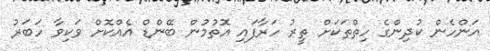
އަންހެން ކުދިންގެ ހިތްތަކަށް ތީރު ހަރާފައި އޮތުމުން ބޭންޑް އެއްކޮށް ވަކިވާ ހަބަރު